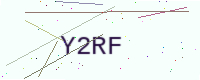
Text: Y2RF